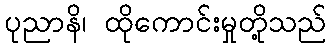
ပုညာနိ၊ ထိုကောင်းမှုတို့သည်